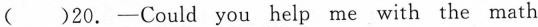
( )20.-Could you help me with the math